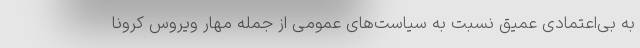
به بی‌اعتمادی عمیق نسبت به سیاست‌های عمومی از جمله مهار ویروس کرونا